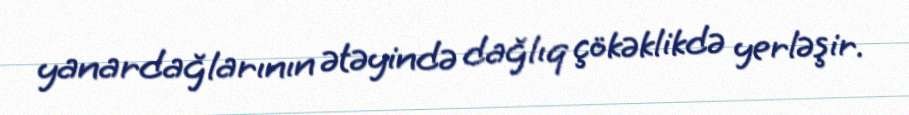
yanardağlarının ətəyində dağlıq çökəklikdə yerləşir.